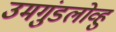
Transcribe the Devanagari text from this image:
उमगुंडलोव्हु